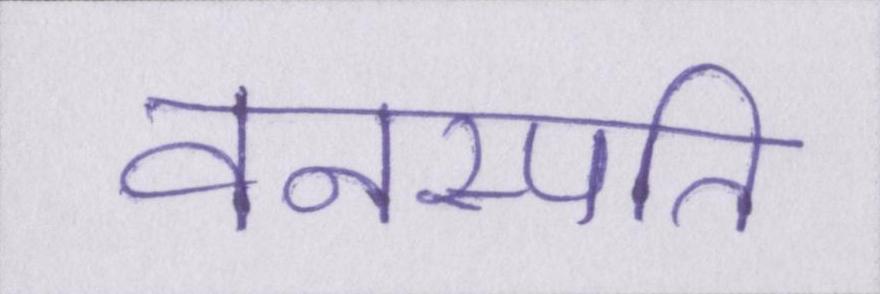
वनस्पति